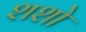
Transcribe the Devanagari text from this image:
शशो